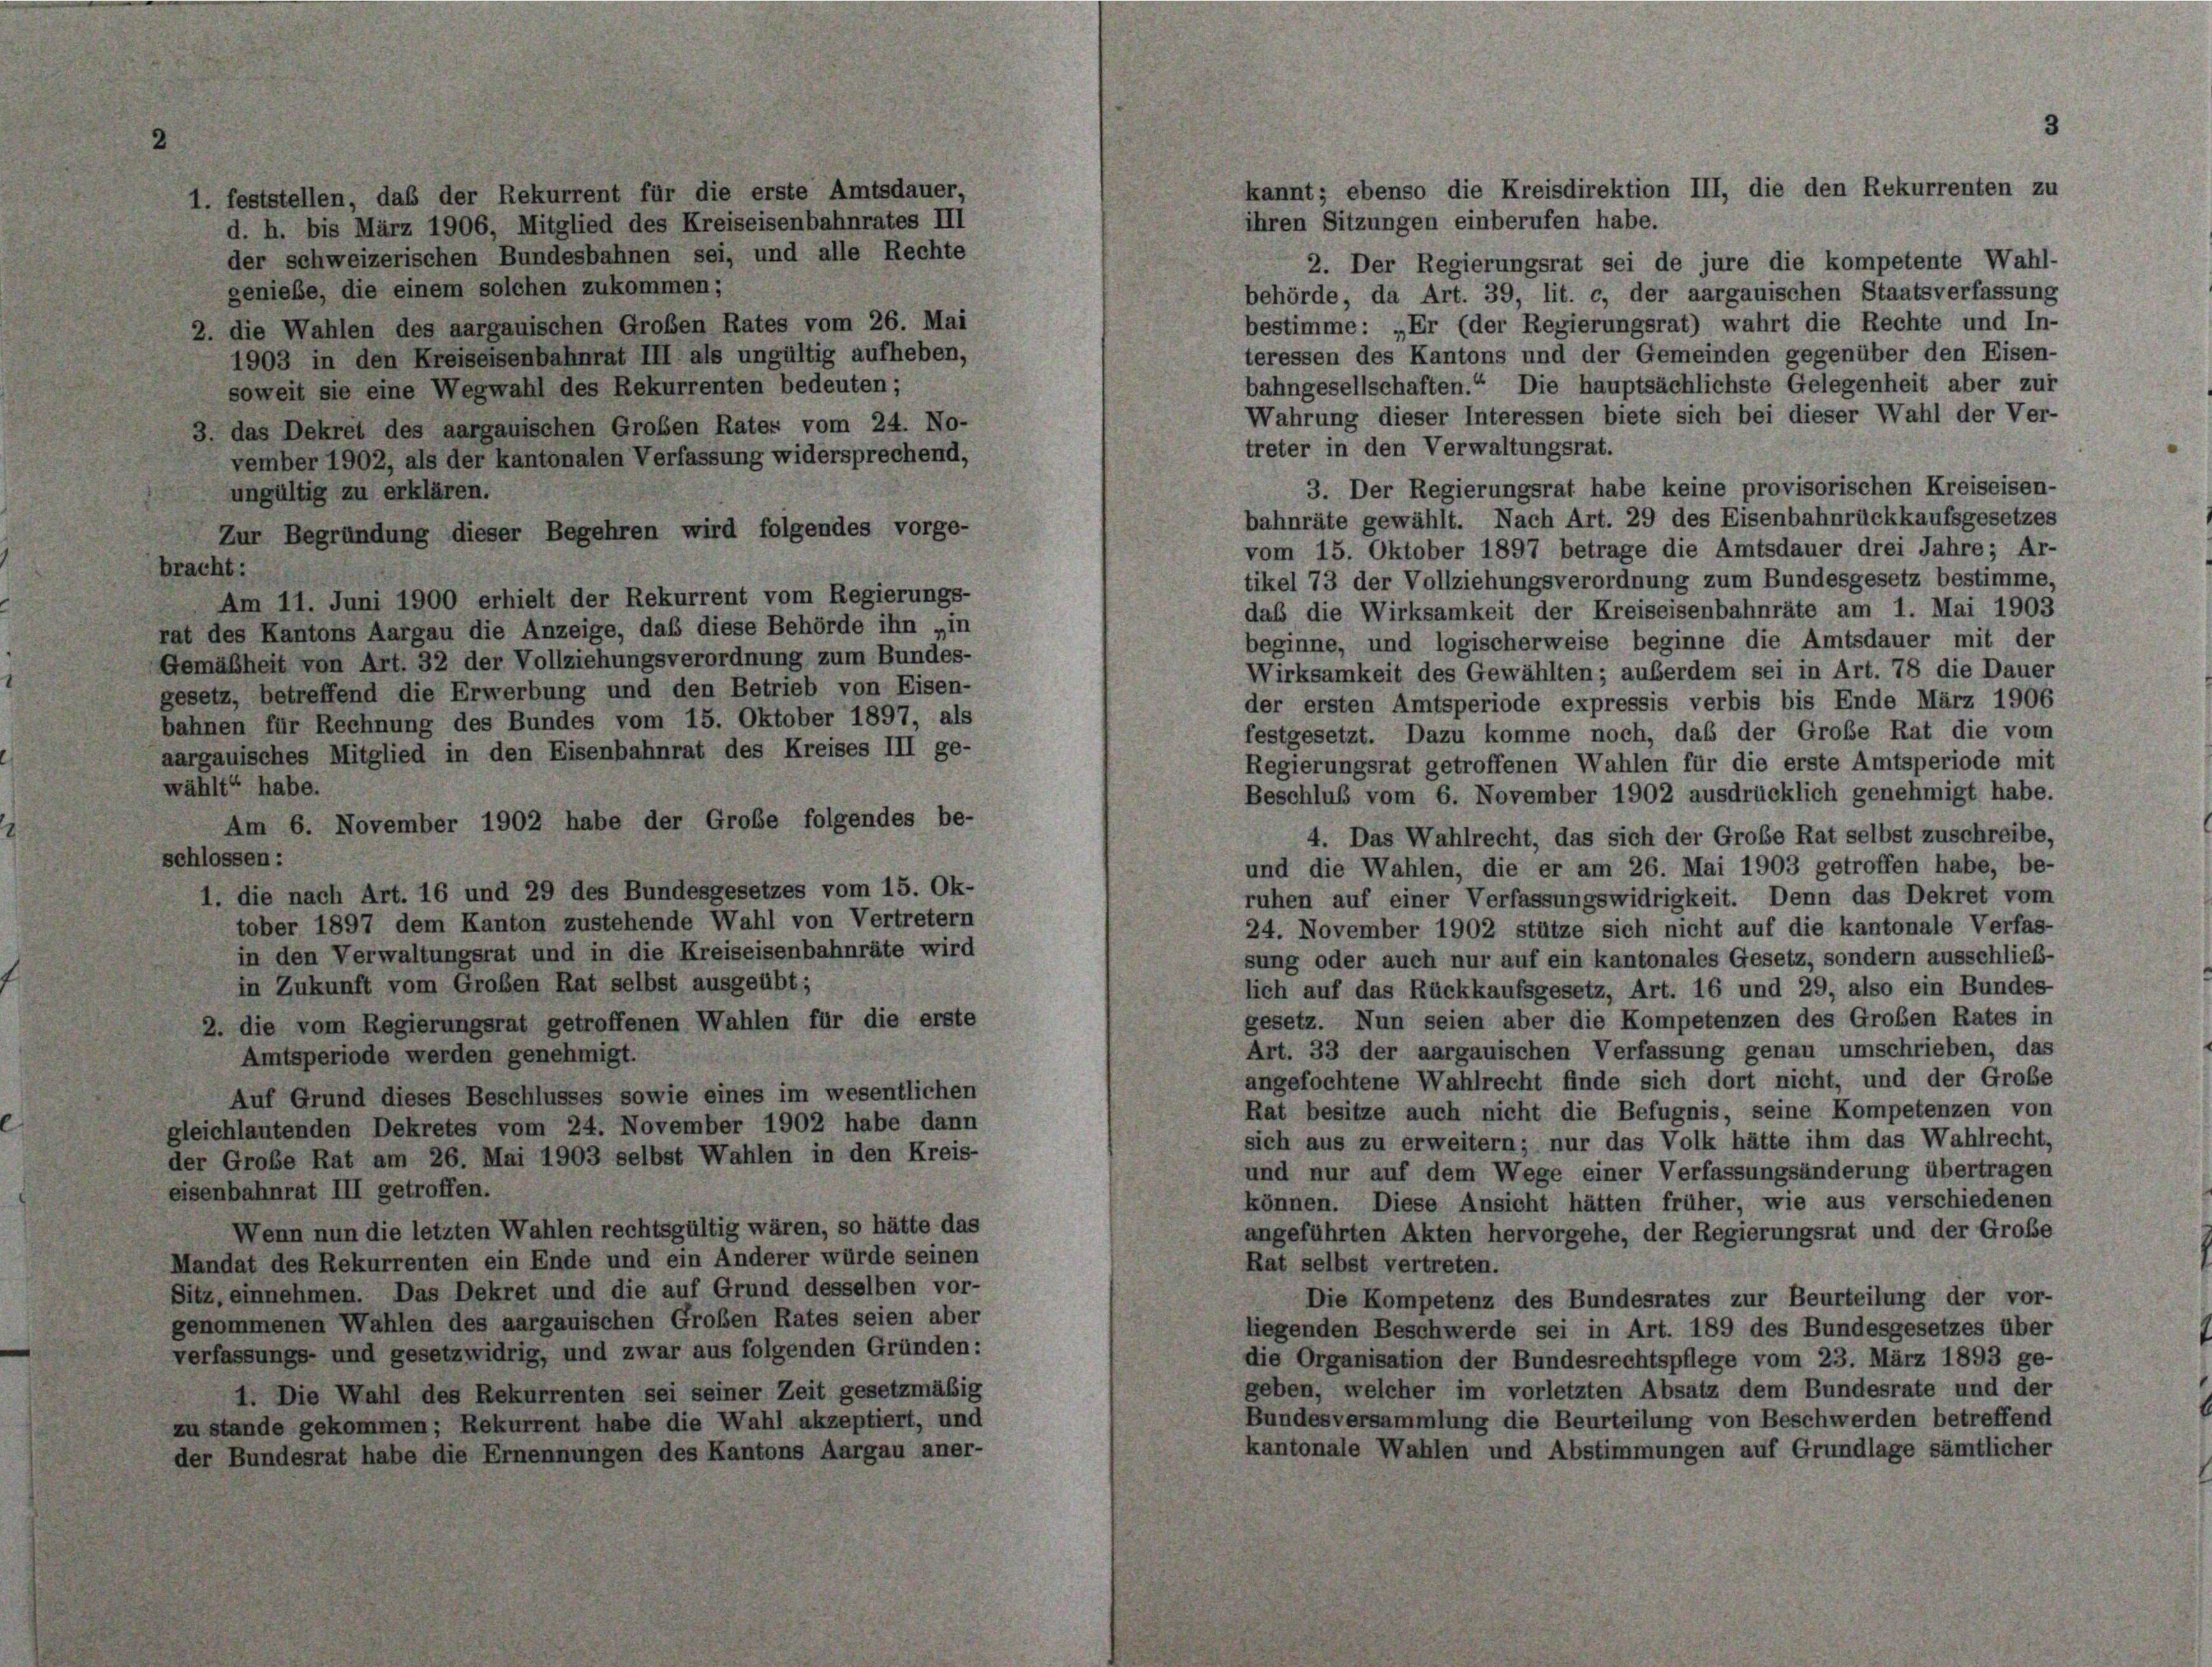
aargi

1. fest

genieße, die einem solchen zukommen;
2. die Wahlen des aargauischen Großen Rates vom 26. Mai
1903 in den Kreiseisenbahnrat III als ungültig aufheben,
soweit sie eine Wegwahl des Rekurrenten bedeuten;
3. das Dekret des aargauischen Großen Rates vom 24. No-
vember 1902, als der kantonalen Verfassung widersprechend,
ungültig zu erklären.
Zur Begründung dieser Begehren wird folgendes vo

d

Am 11. Juni 1900 erhielt der Rekurrent vom Regierungs-
es Kantons Aargau die Anzeige, daß diese Behörde ihn „in
Bheit von Art. 32 der Vollziehungsverordnung zum Bundes-
z, betreffend die Erwerbung und den Betrieb von Eisen-
en für Rechnung des Bundes vom 15. Oktober 1897, als
auisches Mitglied in den Eisenbahnrat des Kreises III ge-
Am 6. November 1902 habe der Große folgendes
ssen:
1. die nach Art. 16 und 29 des Bundesgesetzes vom 15. Ok-
tober 1897 dem Kanton zustehende Wahl von Vertretern
in den Verwaltungsrat und in die Kreiseisenbahnräte wird
in Zukunft vom Großen Rat selbst ausgeübt;
die vom Regierungsrat getroffenen Wahlen für die erste
Amtsperiode werden genehmigt.
Auf Grund dieses Beschlusses sowie eines im wesentlichen
leichlautenden Dekretes vom 24. November 1902 habe dann
er Große Rat am 26. Mai 1903 selbst Wahlen in den Kreis-

t“ habe.

Wenn nun die letzten Wahlen rechtsgültig wären, so hätte das
at des Rekurrenten ein Ende und ein Anderer würde seinen
einnehmen. Das Dekret und die auf Grund desselben vor-
mmenen Wahlen des aargauischen Großen Rates seien aber
issungs- und gesetzwidrig, und zwar aus folgenden Gründen:
1. Die Wahl des Rekurrenten sei seiner Zeit gesetzmäßig
tände gekommen; Rekurrent habe die Wahl akzeptiert, und
Bundesrat habe die Ernennungen des Kantons Aargau a

d. h. bis März 1906, Mitglied des Kreiseisenbahnrates III
der schweizerischen Bundesbahnen sei, und alle Rechte

illen, das der Rekurrent für die erste Amtsdauer,

be-

ihren Sitzungen einberufen habe.
2. Der Regierungsrat sei de jure die kompetente Wahl-
behörde, da Art. 39, lit. c, der aargauischen Staatsverfassung
bestimme: „Er (der Regierungsrat) wahrt die Rechte und In-
teressen des Kantons und der Gemeinden gegenüber den Eisen-
bahngesellschaften.“ Die hauptsächlichste Gelegenheit aber zur
Wahrung dieser Interessen biete sich bei dieser Wahl der Ver-
treter in den Verwaltungsrat.
3. Der Regierungsrat habe keine provisorischen Kreiseisen-
bahnräte gewählt. Nach Art. 29 des Eisenbahnrückkaufsgesetzes
vom 15. Oktober 1897 betrage die Amtsdauer drei Jahre; Ar-
tikel 73 der Vollziehungsverordnung zum Bundesgesetz bestimme,
daß die Wirksamkeit der Kreiseisenbahnräte am 1. Mai 1903
beginne, und logischerweise beginne die Amtsdauer mit der
Wirksamkeit des Gewählten; außerdem sei in Art. 78 die Dauer
der ersten Amtsperiode expressis verbis bis Ende März 1906
festgesetzt. Dazu komme noch, das der Große Rat die vom
Regierungsrat getroffenen Wahlen für die erste Amtsperiode mit
Beschluß vom 6. November 1902 ausdrücklich genehmigt habe.
4. Das Wahlrecht, das sich der Große Rat selbst zuschreibe,
und die Wahlen, die er am 26. Mai 1903 getroffen habe, be-
ruhen auf einer Verfassungswidrigkeit. Denn das Dekret vom
24. November 1902 stütze sich nicht auf die kantonale Verfas-
sung oder auch nur auf ein kantonales Gesetz, sondern ausschließ-
lich auf das Rückkaufsgesetz, Art. 16 und 29, also ein Bundes
gesetz. Nun seien aber die Kompetenzen des Großen Rates in
Art. 33 der aargauischen Verfassung genau umschrieben, das
angefochtene Wahlrecht finde sich dort nicht, und der Grobe
Rat besitze auch nicht die Befugnis, seine Kompetenzen von
sich aus zu erweitern; nur das Volk hätte ihm das Wahlrecht,
und nur auf dem Wege einer Verfassungsänderung übertragen
können. Diese Ansicht hätten früher, wie aus verschiedenen
angeführten Akten hervorgehe, der Regierungsrat und der Große
Rat selbst vertreten.
Die Kompetenz des Bundesrates zur Beurteilung der vor-
liegenden Beschwerde sei in Art. 189 des Bundesgesetzes über
die Organisation der Bundesrechtspflege vom 23. März 1893 ge-
geben, welcher im vorletzten Absatz dem Bundesrate und der
Bundesversammlung die Beurteilung von Beschwerden betreffend
kantonale Wahlen und Abstimmungen auf Grundlage sämtlicher

kannt; ebenso die Kreisdirektion III, die den Rekurrenten zu